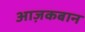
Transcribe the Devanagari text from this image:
आज़कबान